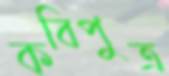
কবিপুত্র